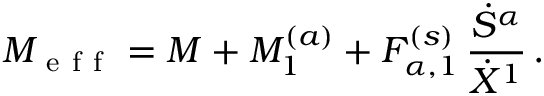
M _ { \mathrm { ~ e ~ f ~ f ~ } } = M + M _ { 1 } ^ { ( a ) } + F _ { \alpha , 1 } ^ { ( s ) } \, \frac { \dot { S } ^ { \alpha } } { \dot { X } ^ { 1 } } \, .